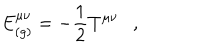
LaTeX: E _ { ( g ) } ^ { \mu \nu } = - \frac 1 2 T ^ { \mu \nu } ,